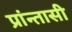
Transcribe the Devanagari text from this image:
प्रांन्तासी